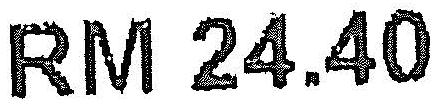
RM 24.40